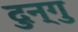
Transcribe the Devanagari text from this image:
दुन्गु